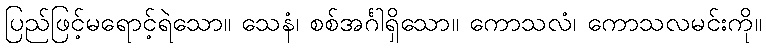
ပြည်ဖြင့်မရောင့်ရဲသော။ သေနံ၊ စစ်အင်္ဂါရှိသော။ ကောသလံ၊ ကောသလမင်းကို။